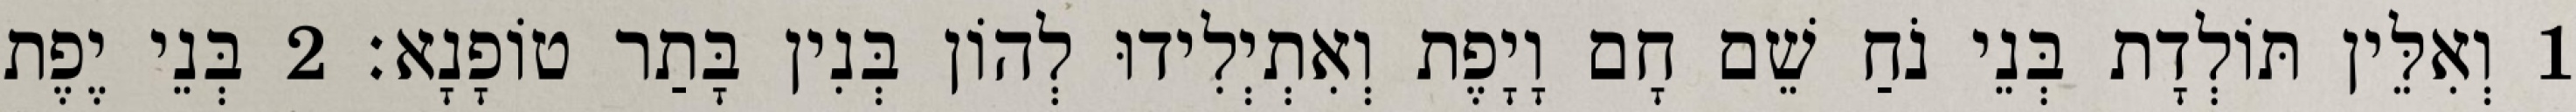
1 וְאִלֵּין תּוֹלְדָת בְּנֵי נֹחַ שֵׁם חָם וָיָפֶת וְאִתְיְלִידוּ לְהוֹן בְּנִין בָּתַר טוֹפָנָא׃ 2 בְּנֵי יֶפֶת